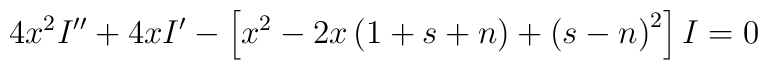
4x^{2}I^{\prime \prime }+4xI^{\prime }-\left[ x^{2}-2x\left( 1+s+n\right)+\left( s-n\right) ^{2}\right] I=0\,